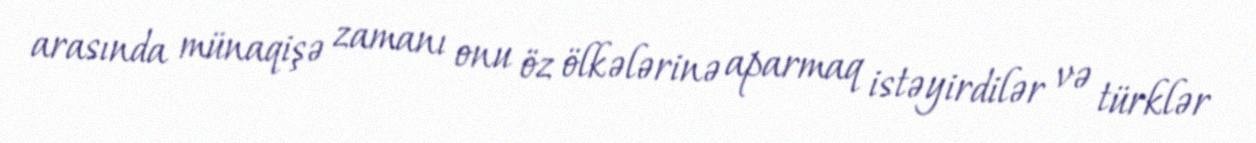
arasında münaqişə zamanı onu öz ölkələrinə aparmaq istəyirdilər və türklər